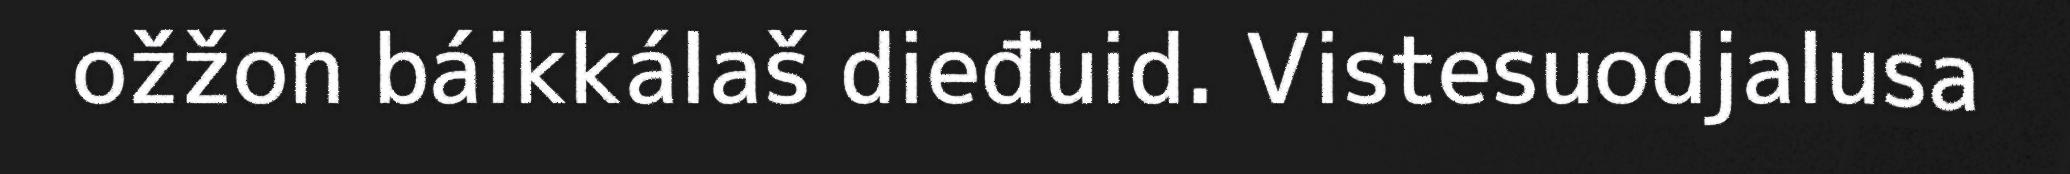
ožžon báikkálaš dieđuid. Vistesuodjalusa